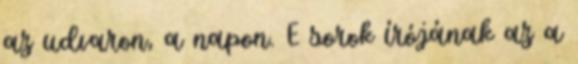
az udvaron, a napon. E sorok írójának az a